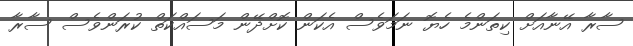
ސާރާ އޭނާއަށް ކިތަންމެ ހެޔޮ ނަމަވެސް އެކަން ކޮށްދޭން މަސައްކަތް ކުރަންވެސް ސާރާ